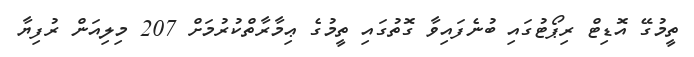
ތީމުގޭ އޮޑިޓް ރިޕޯޓުގައި ބުނެފައިވާ ގޮތުގައި ތީމުގެ ޢިމާރާތްކުރުމަށް 207 މިލިއަން ރުފިޔާ